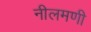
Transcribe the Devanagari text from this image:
नीलमणी